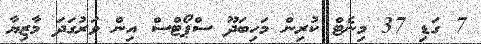
7 ގަޑި 37 މިނެޓް ކުރިން މަހިބަދޫ ސްޕޯޓްސް އިން ވަރުގަދަ މާޒިޔާ